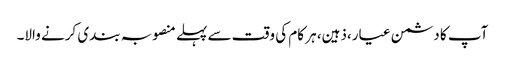
آپ کا دشمن عیار،ذہین، ہر کام کی وقت سے پہلے منصوبہ بندی کرنے والا۔